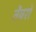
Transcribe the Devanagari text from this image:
तेंवरों